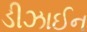
ડીઝાઈન